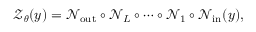
\boldsymbol { \mathcal { Z } } _ { \boldsymbol { \theta } } ( \boldsymbol { y } ) = { \mathcal { N } } _ { \mathrm { o u t } } \circ { \mathcal { N } } _ { L } \circ \cdots \circ { \mathcal { N } } _ { 1 } \circ { \mathcal { N } } _ { \mathrm { i n } } ( \boldsymbol { y } ) ,